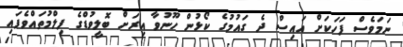
ނަމަވެސް ފަހަކަށް އައިސް ދެ ގައުމުގެ ކޯޅުން ހޫނުވާ އިރަށް ބޮލީވުޑްގެ ފިލްމުތައްވެފައި